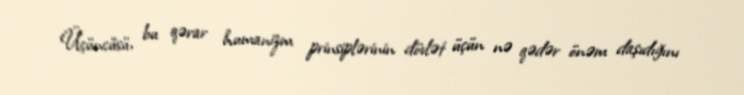
Üçüncüsü, bu qərar humanizm prinsiplərinin dövlət üçün nə qədər önəm daşıdığını